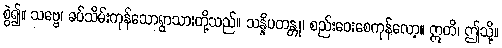
စွဲ၍။ သဗ္ဗေ၊ ခပ်သိမ်းကုန်သောရွာသားတို့သည်။ သန္နိပတန္တု၊ စည်းဝေးစေကုန်လော့။ ဣတိ၊ ဤသို့။